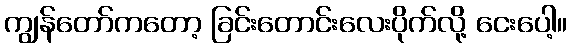
ကျွန်တော်ကတော့ ခြင်းတောင်းလေးပိုက်လို့ ငေးပေါ့။